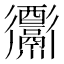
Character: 𨤅